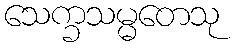
သေက္ခသမ္မတေသု